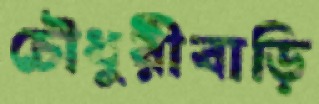
চৌধুরীবাড়ি